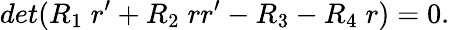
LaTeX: det(R_{1}\; r^{\prime}+R_{2}\; rr^{\prime}-R_{3}-R_{4}\; r)=0.